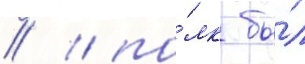
// / по́лк бы́л